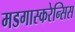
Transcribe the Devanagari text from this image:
मडगास्करेन्सिस